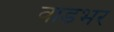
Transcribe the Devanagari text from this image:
वाडभर